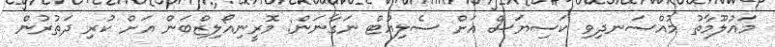
މައުލޫމާތު މުއްސަނދިވި ކަސިޔަސް އަށް ސެލިއުޓް ނަގާނަން: މޮރީނިއޯލިޒްބަން އަށް ކުރި ދަތުރުން